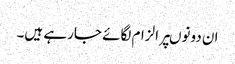
ان دونوںپر الزام لگائے جارہے ہیں۔